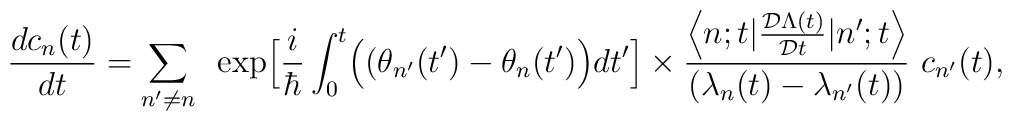
\frac{d c_{n}(t)}{d t}=\sum_{n^{\prime} \ne n}~\exp\Bigl[\frac{i}{\hbar}\int_{0}^{t} \Bigl((\theta_{n^{\prime}}(t^{\prime})-\theta_{n}(t^{\prime})\Bigr)d t^{\prime}\Bigr]\times \frac{\Bigl<n;t|\frac{{\cal D} \Lambda(t)}{{\cal D} t}|n^{\prime};t\Bigr>}{\bigl(\lambda_{n}(t)-\lambda_{n^{\prime}}(t)\bigr)} ~c_{n^{\prime}}(t),